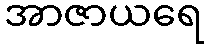
အာဇာယရေ